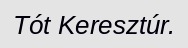
Tót Keresztúr.